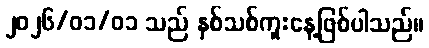
၂၀၂၆/၀၁/၀၁ သည် နှစ်သစ်ကူးနေ့ဖြစ်ပါသည်။